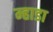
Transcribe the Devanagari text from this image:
म्हाडा